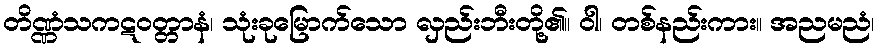
တိဏ္ဏံသကဋဝတ္တာနံ၊ သုံးခုမြောက်သော လှည်းဘီးတို့၏။ ဝါ၊ တစ်နည်းကား။ အညမညံ၊